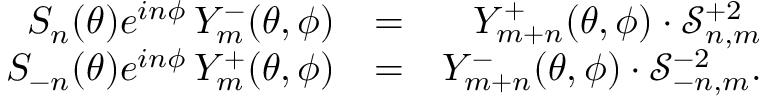
\begin{array} { r l r } { S _ { n } ( \theta ) e ^ { i n \phi } \, Y _ { m } ^ { - } ( \theta , \phi ) } & { = } & { Y _ { m + n } ^ { + } ( \theta , \phi ) \cdot \mathcal { S } _ { n , m } ^ { + 2 } } \\ { S _ { - n } ( \theta ) e ^ { i n \phi } \, Y _ { m } ^ { + } ( \theta , \phi ) } & { = } & { Y _ { m + n } ^ { - } ( \theta , \phi ) \cdot \mathcal { S } _ { - n , m } ^ { - 2 } . } \end{array}